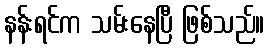
နန်းရင်က သမ်းနေပြီ ဖြစ်သည်။